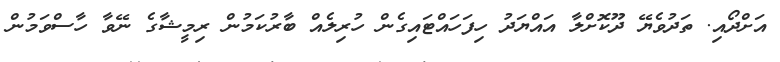
އަށްދޯއި. ތަދުވެޔޭ ދޫކޮށްލާ އައްޔަދު ހިފަހައްޓައިގެން ހުރިލެއް ބާރުކަމުން ރިމީޝާގެ ނޭވާ ހާސްވަމުން